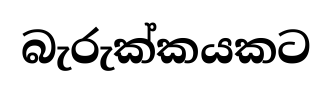
බැරුක්කයකට